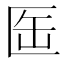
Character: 𠤸